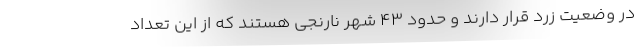
در وضعیت زرد قرار دارند و حدود ۴۳ شهر نارنجی هستند که از این تعداد